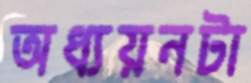
অধ্যয়নটা